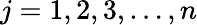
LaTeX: j=1,2,3,\ldots,n